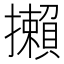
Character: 攋